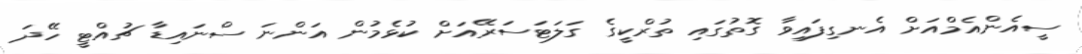
ސީއެންއެމްއަށް އެނގިފައިވާ ގޮތުގައި ތުރްކީގެ ގަލަޓަސަރޭއަށް ކުޅެމުން އަންނަ ސްނައިޑާ ޗުއްޓީ ހޭދަ